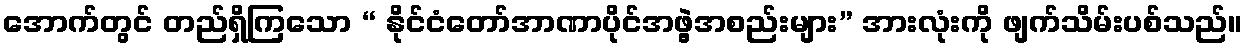
အောက်တွင် တည်ရှိကြသော “ နိုင်ငံတော်အာဏာပိုင်အဖွဲ့အစည်းများ” အားလုံးကို ဖျက်သိမ်းပစ်သည်။